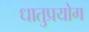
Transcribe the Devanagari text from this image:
धातुप्रयोग